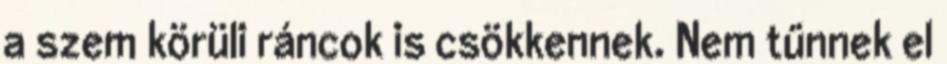
a szem körüli ráncok is csökkennek. Nem tűnnek el